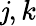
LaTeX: \mathit{j},k